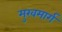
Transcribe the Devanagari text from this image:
मुखमार्ग